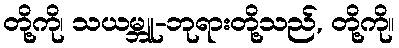
တို့ကို၊ သယမ္ဘူ-ဘုရားတို့သည်, တို့ကို။